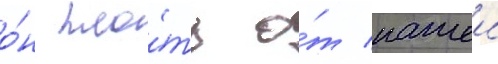
о́н пло́ть о́т нашеи